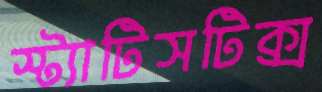
স্ট্যাটিসটিক্স